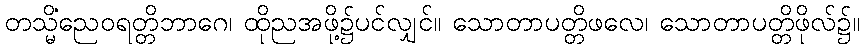
တသ္မိံညေဝရတ္တိဘာဂေ၊ ထိုညအဖို့၌ပင်လျှင်။ သောတာပတ္တိဖလေ၊ သောတာပတ္တိဖိုလ်၌။